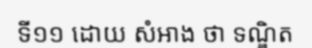
ទី១១ ដោយ សំអាង ថា ទណ្ឌិត